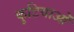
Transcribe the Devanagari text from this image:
कुटियाओं